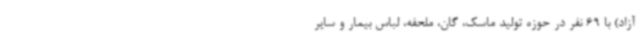
آزاد) با 69 نفر در حوزه تولید ماسک، گان، ملحفه، لباس بیمار و سایر